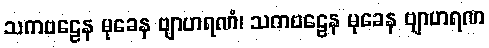
သကဗဠေန မုခေန ဗျာဟရဏံ၊ သကဗဠေန မုခေန ဗျာဟရဏ